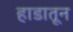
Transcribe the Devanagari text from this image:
हाडातून